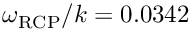
\omega _ { \mathrm { R C P } } / k = 0 . 0 3 4 2